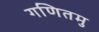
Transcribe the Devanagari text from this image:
गणितमु